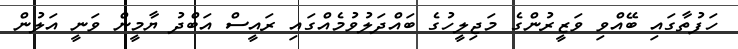
ހަފުތާގައި ބޭއްވި ވަޒީރުުންގެ މަޖިލީހުގެ ބައްދަލުވުމެއްގައި ރައީސް އަބްދު ޔާމީން ވަނީ އަލުން